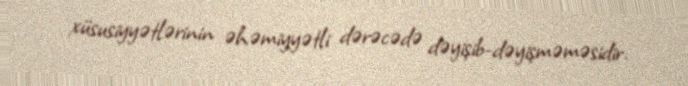
xüsusiyyətlərinin əhəmiyyətli dərəcədə dəyişib-dəyişməməsidir.